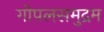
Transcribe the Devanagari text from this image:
गोपलसमुद्रम